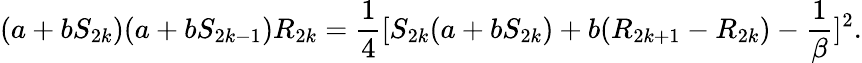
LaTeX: (a+bS_{2k})(a+bS_{2k-1})R_{2k}={\frac{1}{4}}[S_{2k}(a+bS_{2k})+b(R_{2k+1}-R_{2k})-{\frac{1}{\beta}}]^{2}.